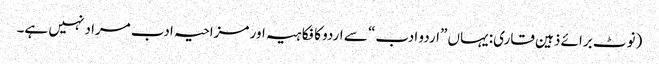
(نوٹ برائے ذہین قاری: یہاں ”اردو ادب“ سے اردو کا فکاہیہ اور مزاحیہ ادب مراد نہیں ہے۔